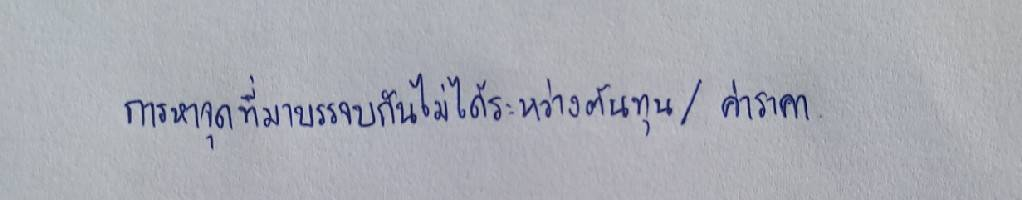
การหาจุดที่มาบรรจบกันไม่ได้ระหว่างต้นทุน/ค่าราคา